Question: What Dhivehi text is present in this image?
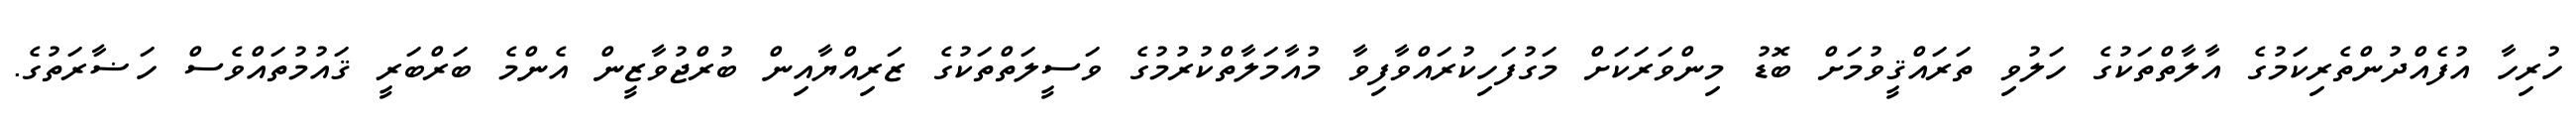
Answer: ހުރިހާ އުފެއްދުންތެރިކަމުގެ އާލާތްތަކުގެ ހަލުވި ތަރައްޤީވުމަށް ބޮޑު މިންވަރަކަށް މަގުފަހިކުރައްވާފިވާ މުއާމަލާތްކުރުމުގެ ވަސީލަތްތަކުގެ ޒަރިއްޔާއިން ބުރްޖުވާޒީން އެންމެ ބަރްބަރީ ޤައުމުތައްވެސް ހަޟާރަތުގެ.